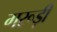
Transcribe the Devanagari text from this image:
गरूड़ी